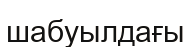
шабуылдағы